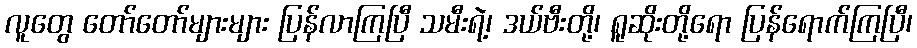
လူတွေ တော်တော်များများ ပြန်လာကြပြီ သမီးရဲ့၊ ဒယ်ဗီးတို့၊ ရူဆိုးတို့ရော ပြန်ရောက်ကြပြီ၊